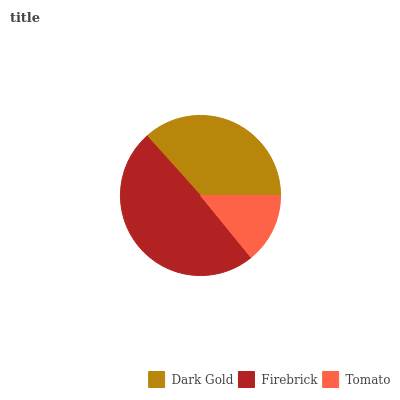
| Dark Gold | Firebrick | Tomato |
 | --- | --- | --- |
 | 36.6% | 49.2% | 14.1% |